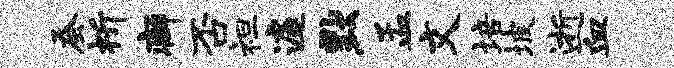
蚕祈癖否袒遽默孟文培坡逝血